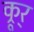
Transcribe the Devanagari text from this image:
क्रूर्